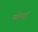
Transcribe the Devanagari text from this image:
मलिनाई